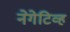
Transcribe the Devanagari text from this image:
नेगेटिव्ह